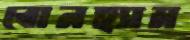
বোনহ্যাম